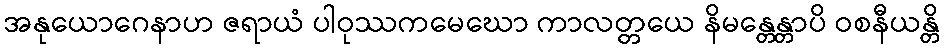
အနုယောဂေနာဟ ဇရာယံ ပါဝုဿကမေဃော ကာလတ္တယေ နိမန္တေန္တာပိ ဝစနီယန္တိ